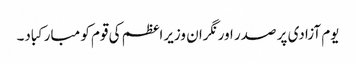
یوم آزادی پر صدر اور نگران وزیراعظم کی قوم کو مبارکباد۔